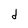
Character: d